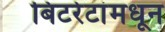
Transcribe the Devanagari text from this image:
बिटरेटांमधून